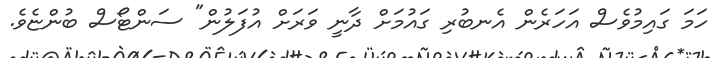
ހަމަ ގައިމުވެސް އަހަރެން އެނބުރި ގައުމަށް ދާނީ ވަރަށް އުފަލުން" ސަންޓޯސް ބުންޏެވެ.